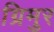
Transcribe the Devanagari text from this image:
ग्रिमुर